Senior Leaving Certificate Examination (including Day School Certificate (Higher) General paper), 1946
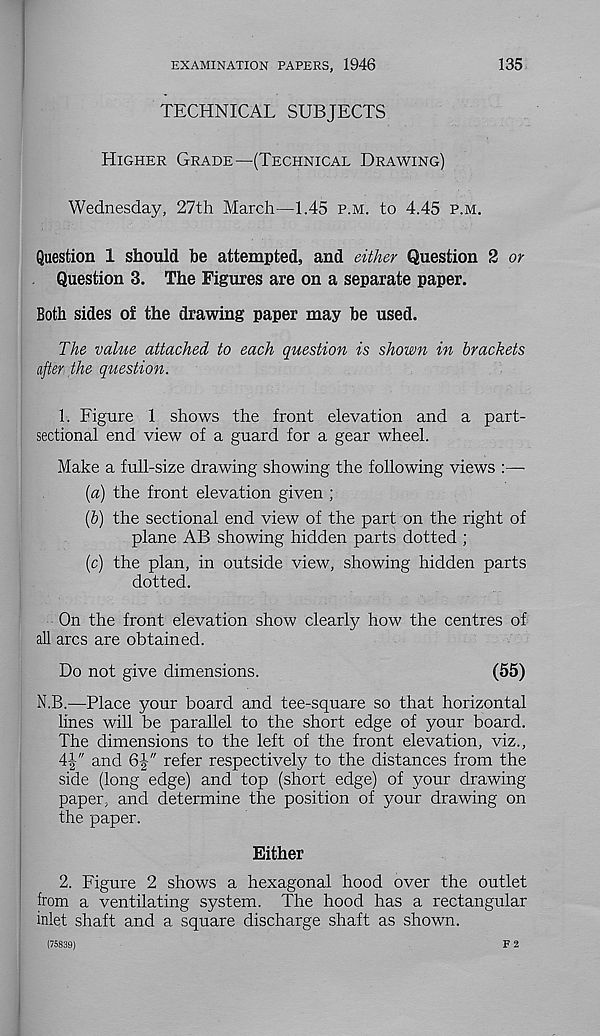
EXAMINATION PAPERS, 1946
135
TECHNICAL SUBJECTS
Higher Grade—(Technical Drawing)
Wednesday, 27th March—1.45 p.m. to 4.45 p.m.
Question 1 should be attempted, and either Question 2 or
Question 3. The Figures are on a separate paper.
Both sides of the drawing paper may be used.
The value attached to each question is shown in brackets
after the question.
1. Figure 1 shows the front elevation and a part-
sectional end view of a guard for a gear wheel.
Make a full-size drawing showing the following views :—
{a) the front elevation given ;
(6) the sectional end view of the part on the right of
plane AB showing hidden parts dotted ;
(c) the plan, in outside view, showing hidden parts
dotted.
On the front elevation show clearly how the centres of
all arcs are obtained.
Do not give dimensions.
(55)
N.B.—Place your board and tee-square so that horizontal
lines will be parallel to the short edge of your board.
The dimensions to the left of the front elevation, viz.,
4^" and 6J" refer respectively to the distances from the
side (long edge) and top (short edge) of your drawing
paper, and determine the position of your drawing on
the paper.
Either
2. Figure 2 shows a hexagonal hood over the outlet
from a ventilating system. The hood has a rectangular
inlet shaft and a square discharge shaft as shown.
(75839)
F 2